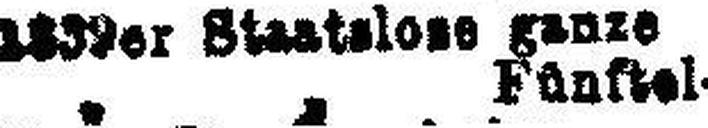
" Fünftel-